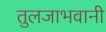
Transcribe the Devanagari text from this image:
तुलजाभवानी